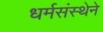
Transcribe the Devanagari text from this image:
धर्मसंस्थेने